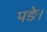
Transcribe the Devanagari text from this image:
पङे।